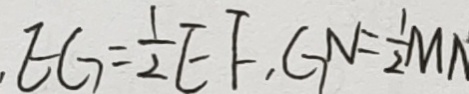
E G = \frac { 1 } { 2 } E F , G N = \frac { 1 } { 2 } M N